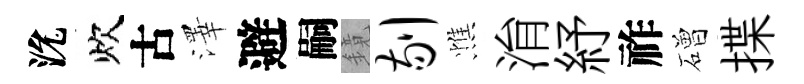
沇炊古澤避嗣鏡剔憔㳙紓祚磳揲